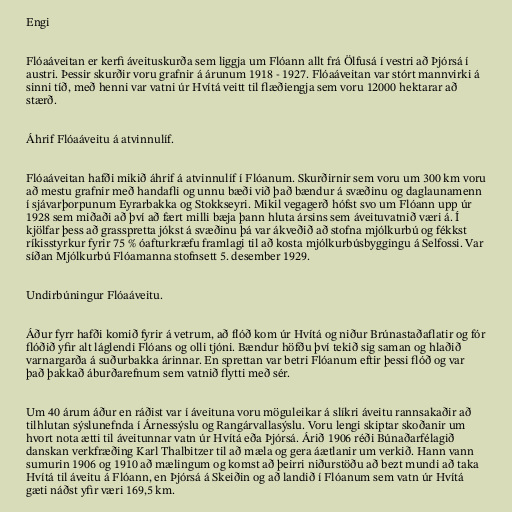
Engi

Flóaáveitan er kerfi áveituskurða sem liggja um Flóann allt frá Ölfusá í vestri að Þjórsá í
austri. Þessir skurðir voru grafnir á árunum 1918 - 1927. Flóaáveitan var stórt mannvirki á
sinni tíð, með henni var vatni úr Hvítá veitt til flæðiengja sem voru 12000 hektarar að
stærð.

Áhrif Flóaáveitu á atvinnulíf.

Flóaáveitan hafði mikið áhrif á atvinnulíf í Flóanum. Skurðirnir sem voru um 300 km voru
að mestu grafnir með handafli og unnu bæði við það bændur á svæðinu og daglaunamenn
í sjávarþorpunum Eyrarbakka og Stokkseyri. Mikil vegagerð hófst svo um Flóann upp úr
1928 sem miðaði að því að fært milli bæja þann hluta ársins sem áveituvatnið væri á. Í
kjölfar þess að grasspretta jókst á svæðinu þá var ákveðið að stofna mjólkurbú og fékkst
ríkisstyrkur fyrir 75 % óafturkræfu framlagi til að kosta mjólkurbúsbyggingu á Selfossi. Var
síðan Mjólkurbú Flóamanna stofnsett 5. desember 1929.

Undirbúningur Flóaáveitu.

Áður fyrr hafði komið fyrir á vetrum, að flóð kom úr Hvítá og niður Brúnastaðaflatir og fór
flóðið yfir alt láglendi Flóans og olli tjóni. Bændur höfðu því tekið sig saman og hlaðið
varnargarða á suðurbakka árinnar. En sprettan var betri Flóanum eftir þessi flóð og var
það þakkað áburðarefnum sem vatnið flytti með sér.

Um 40 árum áður en ráðist var í áveituna voru möguleikar á slíkri áveitu rannsakaðir að
tilhlutan sýslunefnda í Árnessýslu og Rangárvallasýslu. Voru lengi skiptar skoðanir um
hvort nota ætti til áveitunnar vatn úr Hvítá eða Þjórsá. Árið 1906 réði Búnaðarfélagið
danskan verkfræðing Karl Thalbitzer til að mæla og gera áætlanir um verkið. Hann vann
sumurin 1906 og 1910 að mælingum og komst að þeirri niðurstöðu að bezt mundi að taka
Hvítá til áveitu á Flóann, en Þjórsá á Skeiðin og að landið í Flóanum sem vatn úr Hvítá
gæti náðst yfir væri 169,5 km.